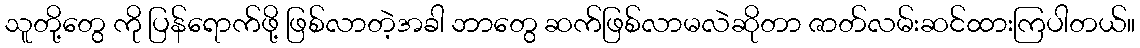
သူတို့တွေ ကို ပြန်ရောက်ဖို့ ဖြစ်လာတဲ့အခါ ဘာတွေ ဆက်ဖြစ်လာမလဲဆိုတာ ဇာတ်လမ်းဆင်ထားကြပါတယ်။